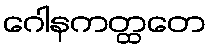
ဂေါနကတ္ထတေ